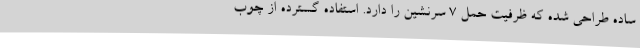
ساده طراحی شده که ظرفیت حمل 7 سرنشین را دارد. استفاده گسترده از چوب